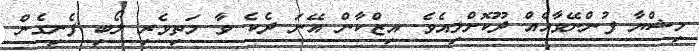
މިޝްޔާ ފުންނޭވާއެއް ދޫކޮށްލިއެވެ. އިޒްކާން އޭނަ ދެކެ ވާ މަތިވެރި ލޯބި ފެނިގެން